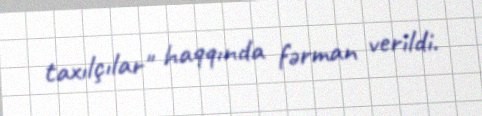
taxılçılar" haqqında fərman verildi.